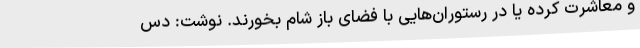
و معاشرت کرده یا در رستوران‌هایی با فضای باز شام بخورند. نوشت: دس